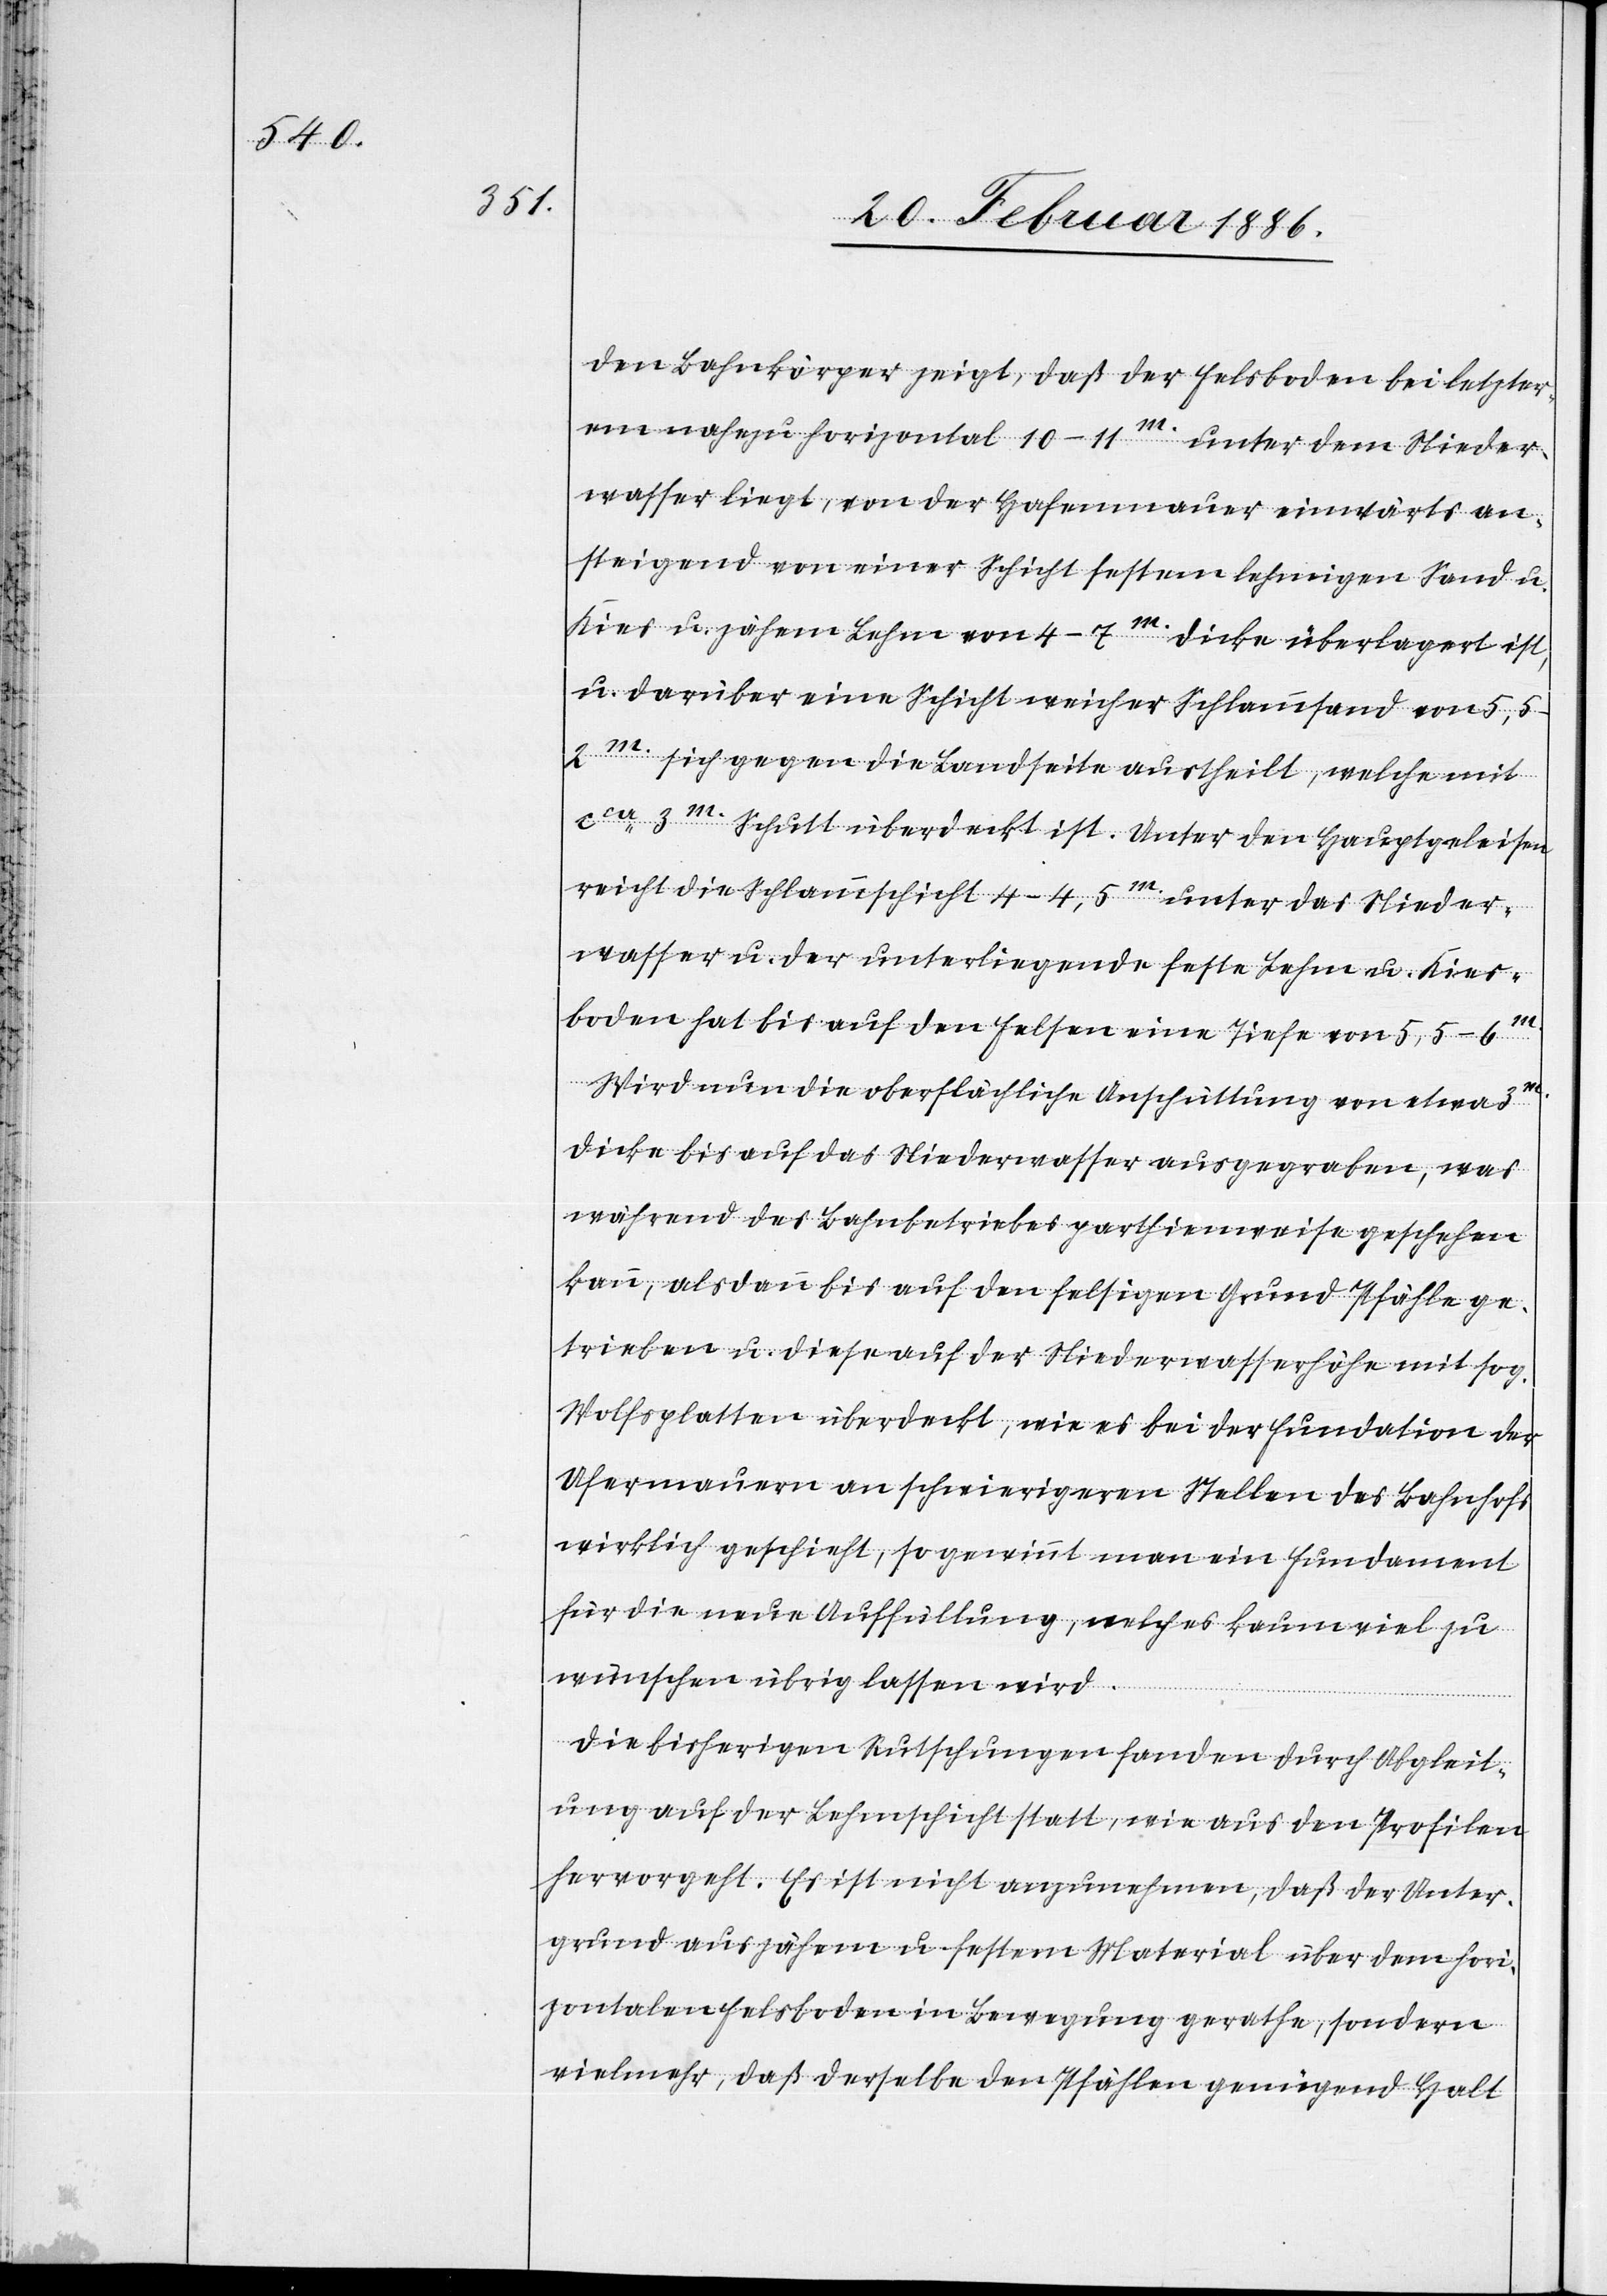
den Bahnkörper zeigt, daß der Felsboden bei letzter¬
en nahezu horizontal 10–11m. unter dem Nieder¬
wasser liegt, von der Hafenmauer einwärts an¬
steigend von einer Schicht festen lehmigen Sand u.
Kies u. zähem Lehm von 4–7m. Dicke überlagert ist,
u. darüber eine Schicht weicher Schlammsand von
5,5–2m. sich gegen die Landseite austheilt, welche mit
cca 3m. Schutt überdeckt ist. Unter den Hauptgeleisen
reicht die Schlammschicht 4–4,5m. unter das Nieder¬
wasser u. der unterliegende feste Lehm u. Kies¬
boden hat bis auf den Felsen eine Tiefe von 5,5–6m.
Wird nun die oberflächliche Aufschüttung von etwa
Dicke bis auf das Niederwasser ausgegraben, was
während des Bahnbetriebes parthienweise geschehen
kann, als dann bis auf den felsigen Grund Pfähle ge¬
trieben u. diese auf der Niederwasserhöhe mit sog.
Wolfsplatten überdeckt, wie es bei der Fundation der
Ufermauern an schwierigen Stellen des Bahnhofs
wirklich geschieht, so gewinnt man ein Fundament
für die neue Auffüllung, welches kaum viel zu
wünschen übrig lassen wird.
Die bisherigen Rutschungen fanden durch Abgleit¬
hung auf der Lehmschicht statt, wie aus dem Profilen
hervorgeht. Es ist nicht anzunehmen, daß der Unter¬
grund aus zähem u. festem Material über dem hori¬
zontalen Felsboden in Bewegung gerathe, sondern
vielmehr, daß derselbe den Pfählen genügend Halt